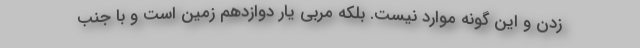
زدن و این گونه موارد نیست. بلکه مربی یار دوازدهم زمین است و با جنب